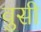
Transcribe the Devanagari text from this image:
वुसी